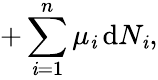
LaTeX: +\sum_{\mathit{i}=1}^{n}\mu_{\mathit{i}}\, \mathrm{{d}}N_{\mathit{i}},